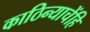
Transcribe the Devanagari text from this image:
काठिन्याचेंहि